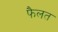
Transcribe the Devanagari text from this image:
फैलत